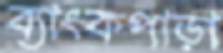
ব্যাংকপাড়া